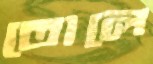
তোলে